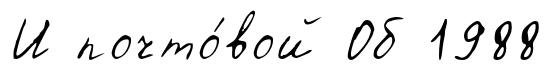
И почто́вой Об 1988